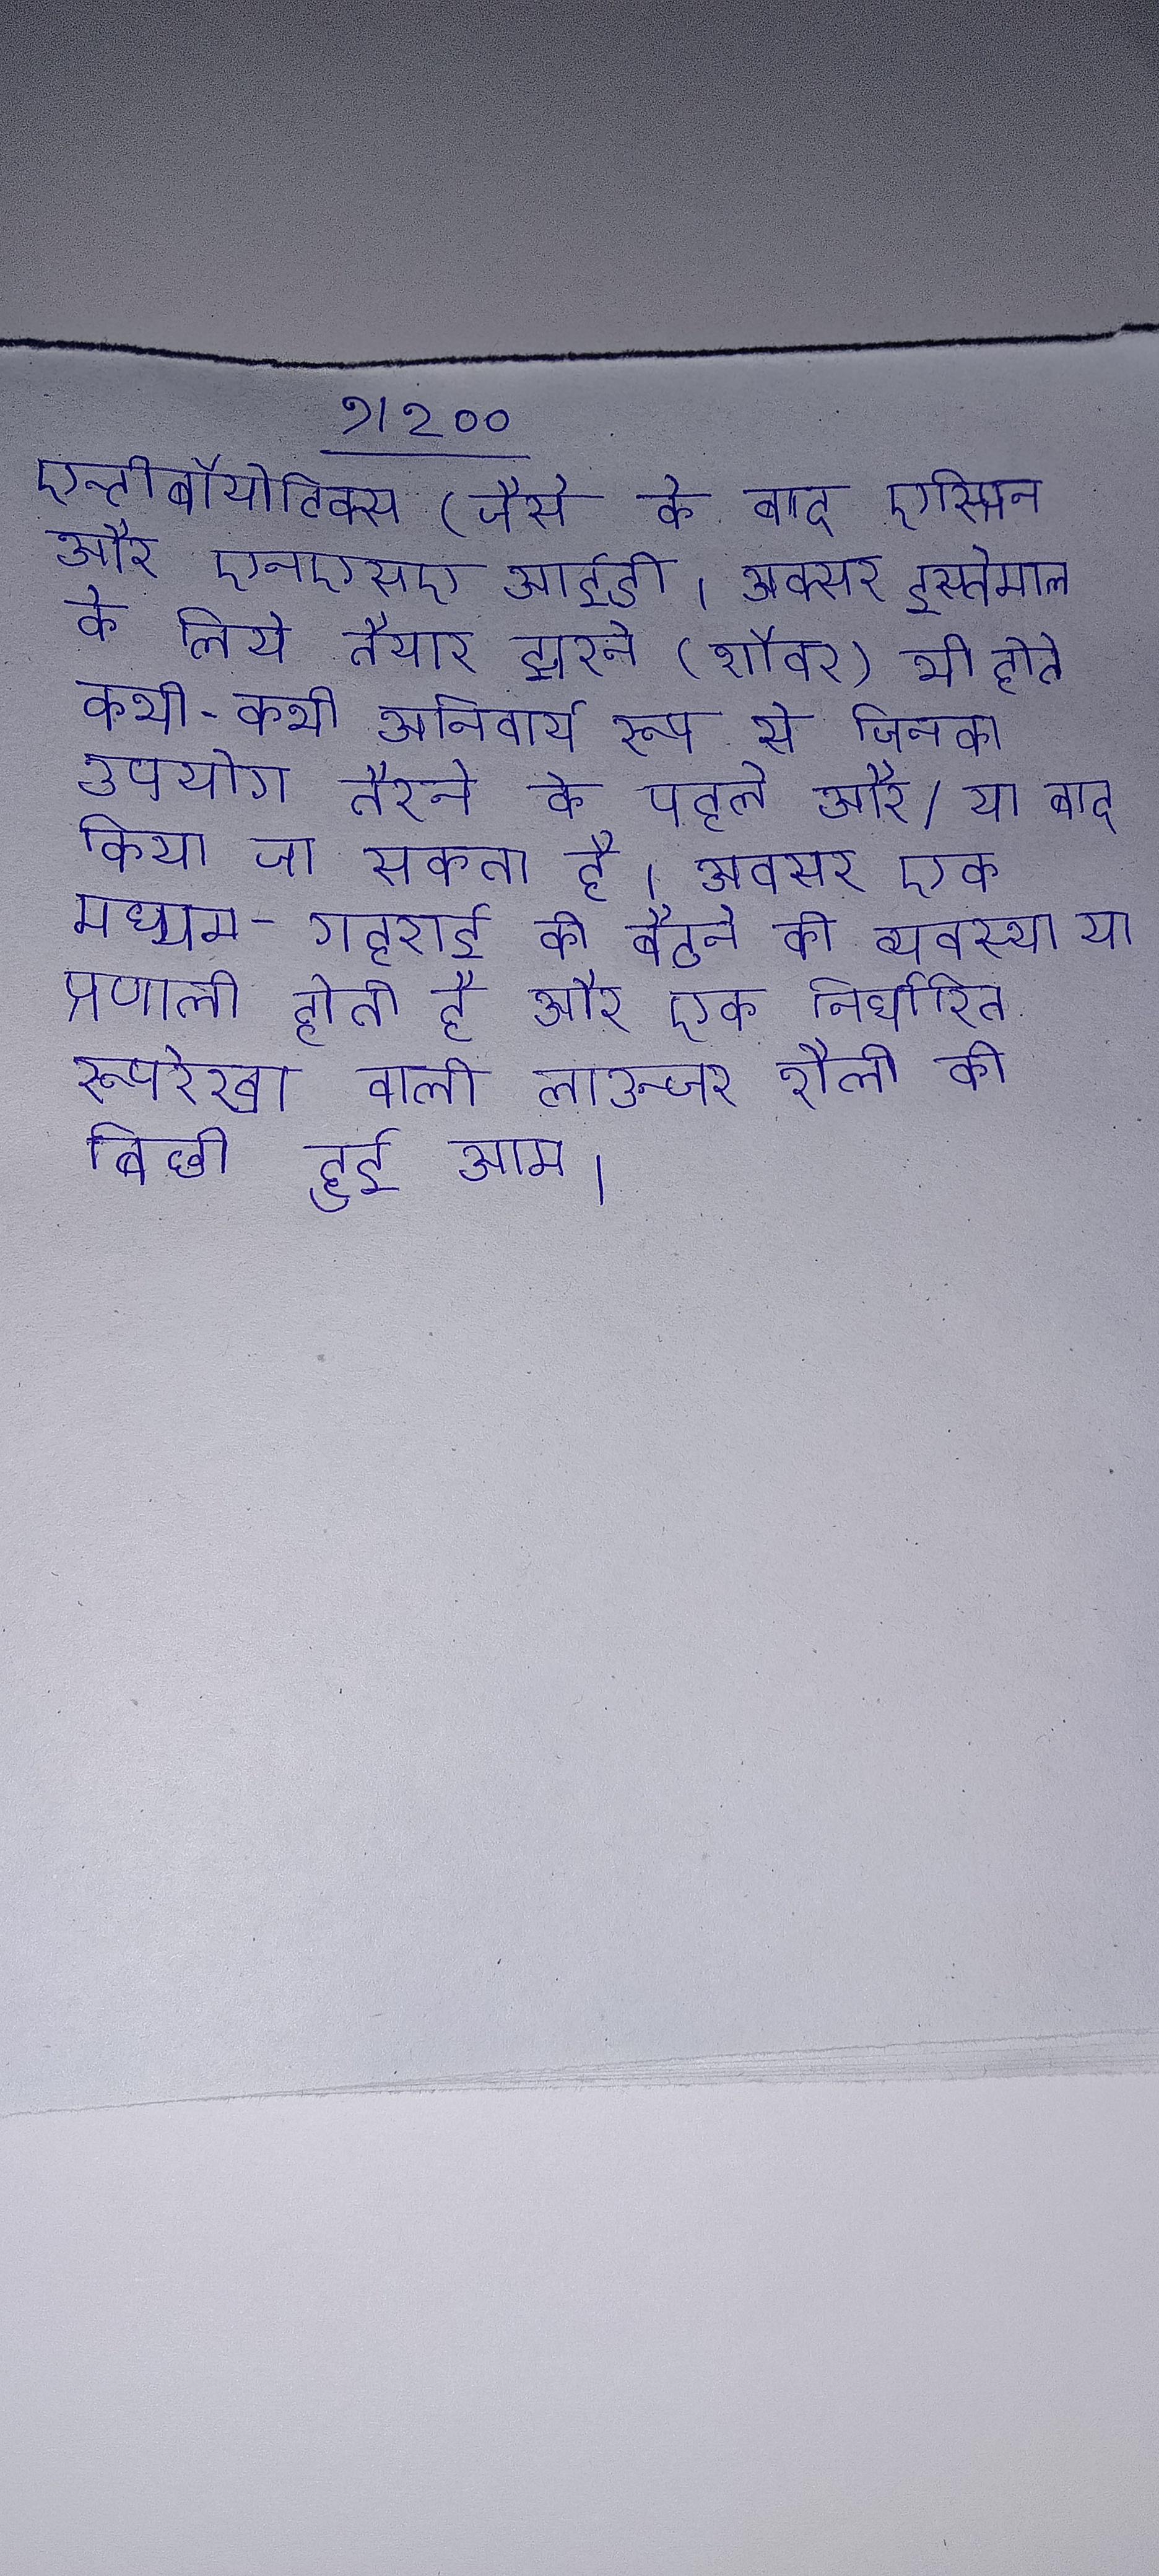
एन्टीबॉयोटिक्स (जैसे के बाद एस्प्रिन और एनएसएआईडी । अक्सर इस्तेमाल के लिये तैयार झरने (शॉवर) भी होते कभी-कभी अनिवार्य रूप से जिनका उपयोग तैरने के पहले और/या बाद किया जा सकता है । अक्सर एक मध्यम-गहराई की बैठने की व्यवस्था या प्रणाली होती है और एक निर्धारित रूपरेखा वाली लाउन्जर शैली की बिछी हुई आम ।